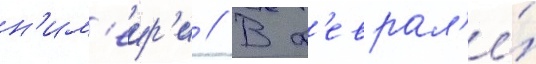
н'им'еир'и // В ф'еврал'е́